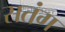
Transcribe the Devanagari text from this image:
सतंग